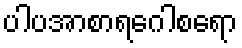
ပါပအာစာရဂေါစရော